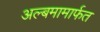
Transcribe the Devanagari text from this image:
अल्बमामार्फत